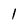
Character: 1